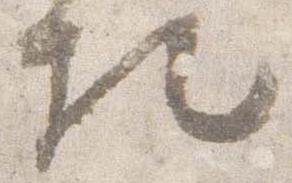
相